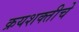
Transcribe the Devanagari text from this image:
क्रयशक्तीचे